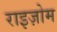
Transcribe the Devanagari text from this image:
राइज़ोम